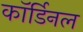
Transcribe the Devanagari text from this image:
कॉर्डिनल